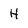
Character: H